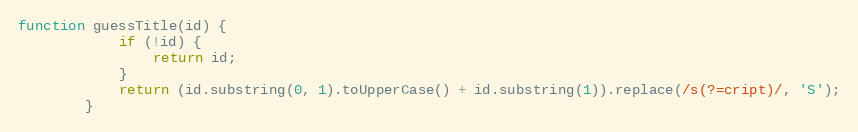
Language: JavaScript
function guessTitle(id) {
			if (!id) {
				return id;
			}
			return (id.substring(0, 1).toUpperCase() + id.substring(1)).replace(/s(?=cript)/, 'S');
		}